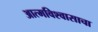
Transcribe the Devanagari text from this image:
आत्मविश्वासाचा